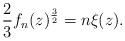
LaTeX: \begin{align*}\frac{2}{3} f_n(z)^{\frac{3}{2}} = n\xi(z).\end{align*}